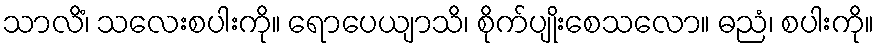
သာလိံ၊ သလေးစပါးကို။ ရောပေယျာသိ၊ စိုက်ပျိုးစေသလော။ ဓညံ၊ စပါးကို။